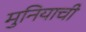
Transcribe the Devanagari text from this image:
मुनियाची